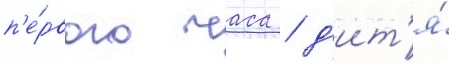
п'е́рвого часа / д'ит'я́